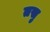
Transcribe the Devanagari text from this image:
तसु